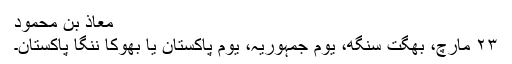
معاذ بن محمود
۲۳ مارچ، بھگت سنگھ، یوم جمہوریہ، یوم پاکستان یا بھوکا ننگا پاکستان۔